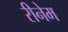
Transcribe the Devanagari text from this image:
रीनेम